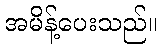
အမိန့်ပေးသည်။